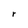
Character: r